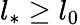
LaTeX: l_{*}\geq l_{0}